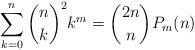
LaTeX: \begin{align*} \sum_{k=0}^n \binom{n}{k}^2 k^m = \binom{2n}{n}P_m(n)\end{align*}